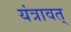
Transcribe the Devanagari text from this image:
यंत्रावत्